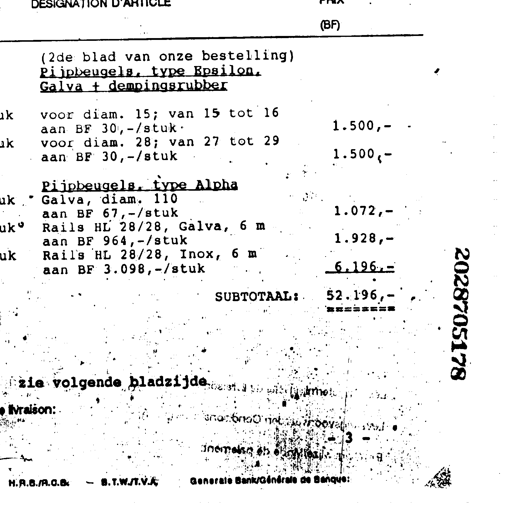
DESIGNATION D'ARTICLE
(BF)
(2de blad van onze bestelling)
Pijpbeugels, type Epsilon
Galva + dempingsrubber
voor diam. 15; van 15 tot 16
aan BF 30,-/stuk
1.500,-
voor diam. 28; van 27 tot 29
aan BF 30,-/stuk
1.500,-
Pijpbeugels, type Alpha
Galva, diam. 110
aan BF 67,-/stuk
1.072,-
Rails HL 28/28, Galva, 6 m
aan BF 964,-/stuk
1.928,-
Rails HL 28/28, Inox, 6 m
aan BF 3.098,-/stuk
6.196,-
SUBTOTAAL:
52.196,-
========
zie volgende bladzijde
2028705178
Livraison:
3 -
H.R.B./R.C.B.
B.T.W./T.V.A.
Generale Bank/Générale de Banque: